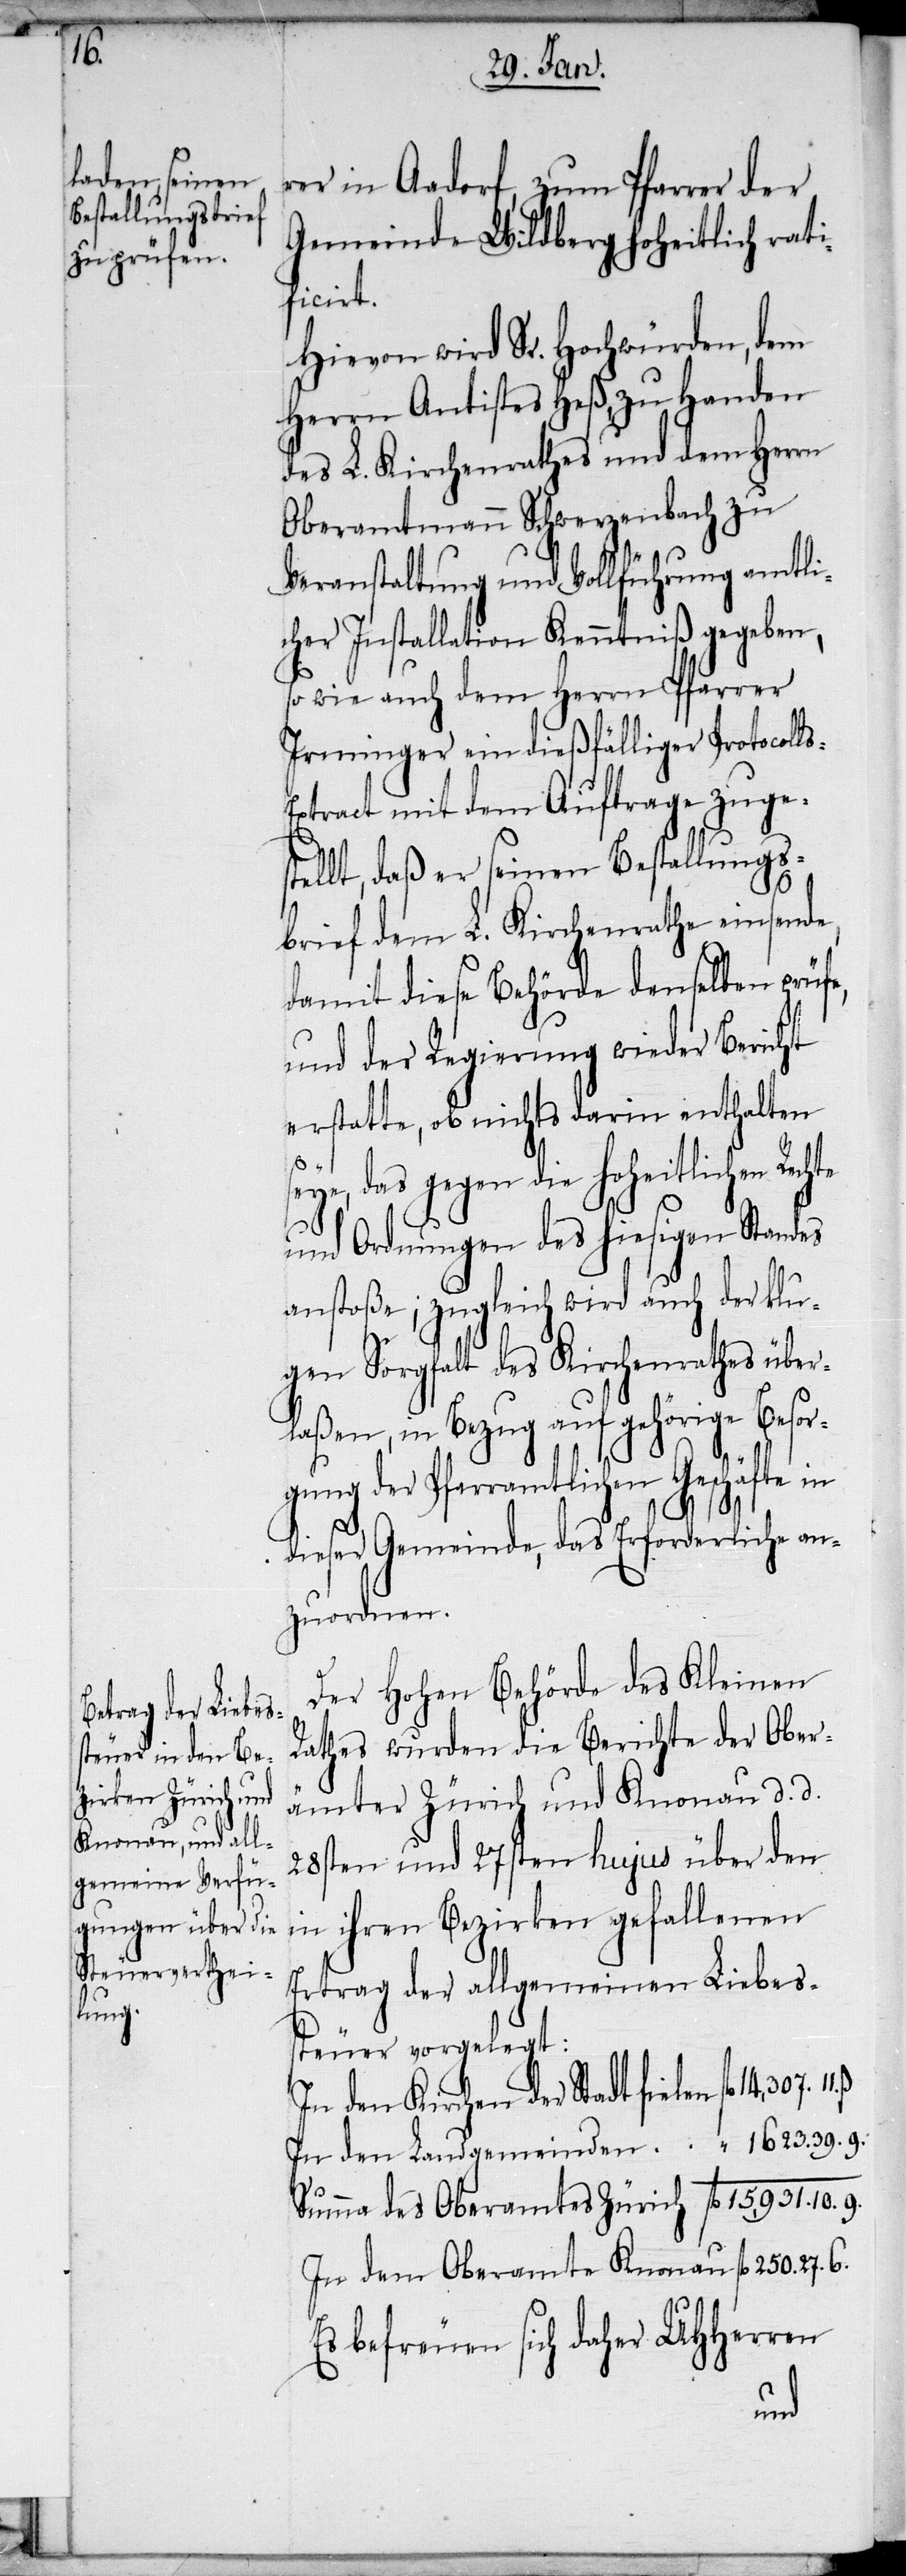
10.

rer in Aadorf, zum Pfarrer der
Gemeinde Wildberg hoheitlich rati¬
ficirt.
Hievon wird Sr. Hochwürden, dem
Herrn Antistes Heß, zu Handen
des L. Kirchenrathes und dem Herrn
Oberamtmann Schwerzenbach zu
Veranstaltung und Vollführung amtli¬
cher Installation Kenntniß gegeben,
so wie auch dem Herrn Pfarrer
Irminger ein dießfälliger Protocoll¬
xtract mit dem Auftrage zugest¬
ellt, daß er seinen Bestallungs¬
brief dem L. Kirchenrathe einsende,
damit diese Behörde denselben prüf¬
und der Regierung wieder Bericht
erstatte, ob nichts darin enthalten
seye, das gegen die hoheitlichen Rechte
und Ordnungen des hiesigen Standes
anstoße; zugleich wird auch der klu¬
gen Sorgfalt des Kirchenrathes über¬
laßen, in Bezug auf gehörige Besor¬
gung der Pfarramtlichen Geschäfte in
dieser Gemeinde, das Erforderliche an¬
zuordnen.
Der Hohen Behörde des Kleinen
Rathes wurden die Berichte der Ober¬
ämter Zürich und Knonau d. d.
28sten und 27sten hujus über den
in ihren Bezirken gefallenen
Ertrag der allgemeinen Liebes¬
steuer vorgelegt:
14,307.
In den Kirchen der Stadt fielen
In dem Oberamte Knonau fl 250. 27. 6.
Es befreuen sich daher UHHerren